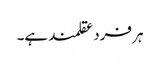
ہر فرد عقلمند ہے۔